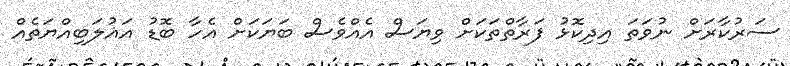
ސަރުކާރަށް ނުވަތަ އިދިކޮޅު ފަރާތްތަކަށް ވިޔަސް އެއްވެސް ބަޔަކަށް އެހާ ބޮޑު އަޣުލަބިއްޔަތެއް